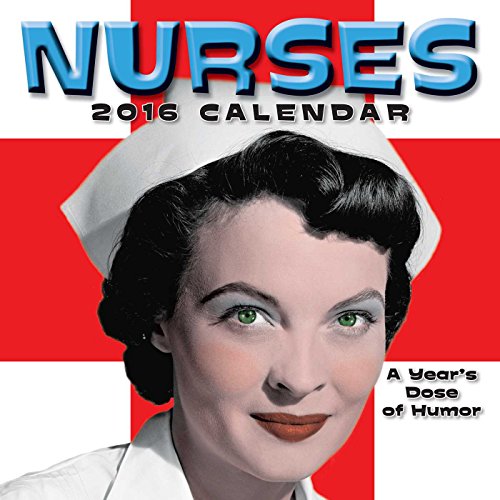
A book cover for Nurses 2016 Wall Calendar: A Year's Dose of Humor; Andrews McMeel Publishing LLC; Calendars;